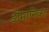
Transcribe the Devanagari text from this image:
डोमानिका